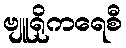
ဗျူရိုကရေစီ